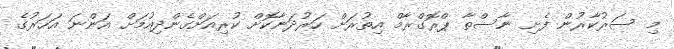
މި ސަރުކާރުން ފެށި ނާސްތާ ޕްރޮގްރާމް އިތުރަށް ހަރުދަނާކޮށް ކުރިއަށްގެންދިއުމަށް އަންނަ އަހަރުގެ